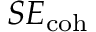
S E _ { \mathrm { c o h } }